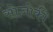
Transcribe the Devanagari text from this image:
सोज़ोकी